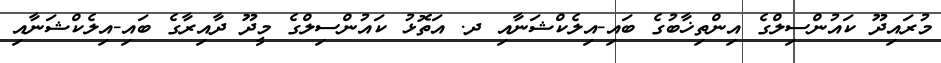
މުރައިދޫ ކައުންސިލްގެ އިންތިޚާބުގެ ބައި-އިލެކްޝަނާއި ދ. އަތޮޅު ކައުންސިލްގެ މީދޫ ދާއިރާގެ ބައި-އިލެކްޝަނާއި